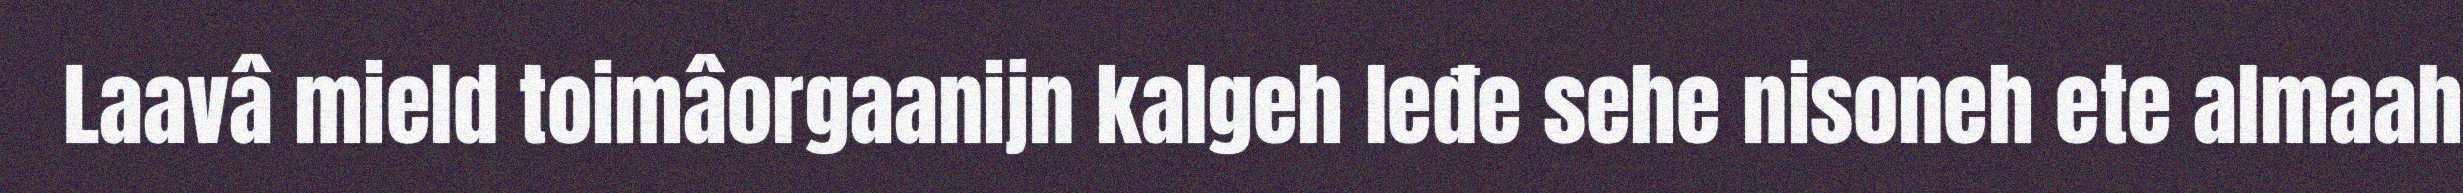
Laavâ mield toimâorgaanijn kalgeh leđe sehe nisoneh ete almaah